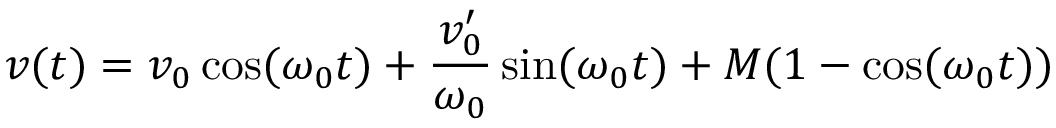
v ( t ) = v _ { 0 } \cos ( \omega _ { 0 } t ) + { \frac { v _ { 0 } ^ { \prime } } { \omega _ { 0 } } } \sin ( \omega _ { 0 } t ) + M ( 1 - \cos ( \omega _ { 0 } t ) )